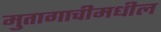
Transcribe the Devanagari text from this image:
मुतागाचीमधील